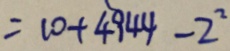
= 1 0 + 4 9 4 4 - 2 ^ { 2 }